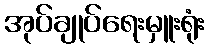
အုပ်ချုပ်ရေးမှူးရုံး